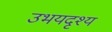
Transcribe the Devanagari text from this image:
उभयदृश्य